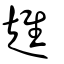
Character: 趡